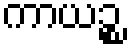
ကာယဉ္စ